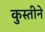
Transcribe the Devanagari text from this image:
कुस्तीने